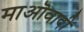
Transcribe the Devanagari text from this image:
माऒवादी